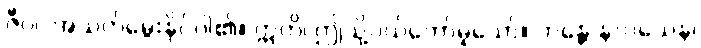
ဇီဝါ၊ အသက်မွေးနိုင်ပါ၏။ ဣတိ၊ ဤသို့ပယ်တော်မူသော်။ ဘန္တေ နာဂသေန၊